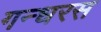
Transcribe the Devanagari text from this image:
गन्धरस